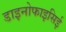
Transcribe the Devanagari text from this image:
डाइनोफाइसिई